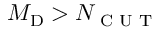
M _ { \mathrm { D } } > N _ { \textrm { C U T } }